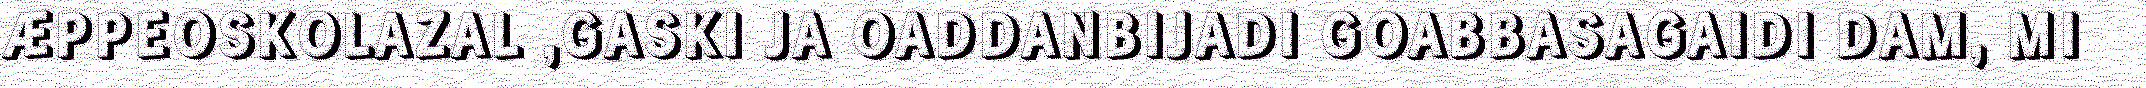
ÆPPEOSKOLAZAL ,GASKI JA OADDANBIJADI GOABBASAGAIDI DAM, MI